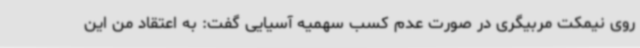
روی نیمکت مربیگری در صورت عدم کسب سهمیه آسیایی گفت: به اعتقاد من این